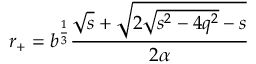
r _ { + } = b ^ { \frac 1 3 } \frac { \sqrt { s } + \sqrt { 2 \sqrt { s ^ { 2 } - 4 q ^ { 2 } } - s } } { 2 \alpha }